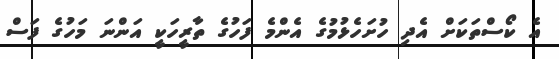
އެ ކޯސްތަކަށް އެދި ހުށަހެޅުމުގެ އެންމެ ފަހުގެ ތާރީހަކީ އަންނަ މަހުގެ ފަސް